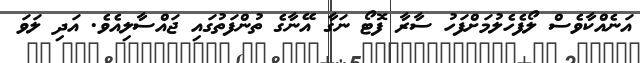
އަނެއްކާވެސް ލޯފެހެލުމަށްފަހު ސާރާ ފޮޓޯ ނަގާ އޭނާގެ ތުންފަތުގައި ޖައްސާލިއެވެ. އަދި ލަވަ